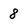
Character: 8